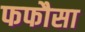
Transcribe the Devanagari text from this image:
फफौसा